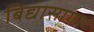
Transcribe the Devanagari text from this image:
बिद्यासागर